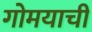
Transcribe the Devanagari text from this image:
गोमयाची